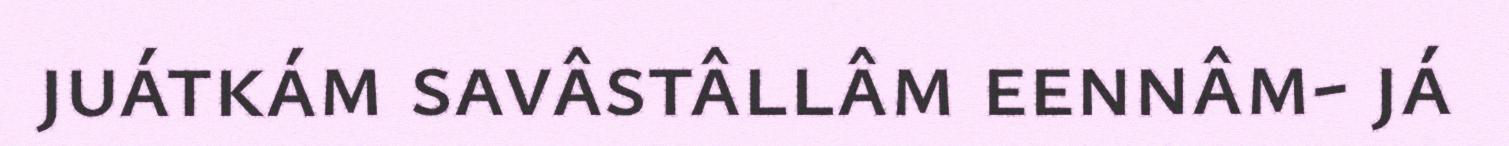
juátkám savâstâllâm eennâm- já